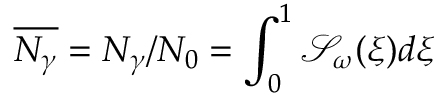
\overline { { N _ { \gamma } } } = N _ { \gamma } / N _ { 0 } = \int _ { 0 } ^ { 1 } \mathcal { S } _ { \omega } ( \xi ) d \xi